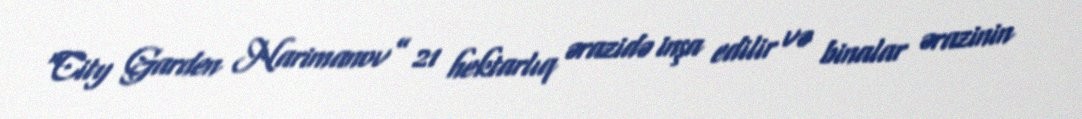
“City Garden Narimanov” 21 hektarlıq ərazidə inşa edilir və binalar ərazinin